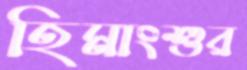
হিমাংশুর